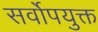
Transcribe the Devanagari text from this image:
सर्वोपयुक्त